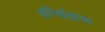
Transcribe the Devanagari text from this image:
हरिश्चंद्राचा